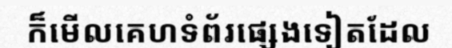
ក៏មើលគេហទំព័រផ្សេងទៀតដែល